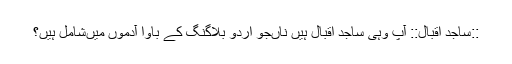
::ساجد اقبال:: آپ وہی ساجد اقبال ہیں‌ ناں‌جو اردو بلاگنگ کے باوا آدموں میں‌شامل ہیں؟